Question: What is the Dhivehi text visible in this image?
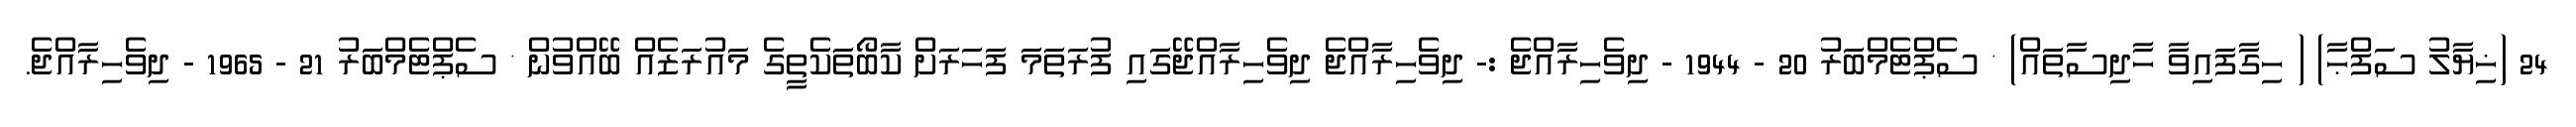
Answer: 24 (ޚިޔާލު ސަފްޙާ) ( ހިގާފައިވާ ހާދިސާތައް) * ސެޕްޓެމްބަރު 20 - 1944 - ދިވެހިރާއްޖެ :- ދިވެހިރާއްޖެ ދިވެހިރާއްޖޭގައި ފުރަތަމަ ފަހަރަށް ކާބޯތަކެތީގެ މައުރަޒެއް ބޭއްވުން * ސެޕްޓެމްބަރު 21 - 1965 - ދިވެހިރާއްޖެ.